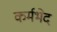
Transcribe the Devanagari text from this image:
कर्मभेद